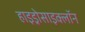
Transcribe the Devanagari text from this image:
हाइड्रोसाइक्लॉन